Annual administration report of the Civil Veterinary Department of India - 1899-1900
Year: 1899
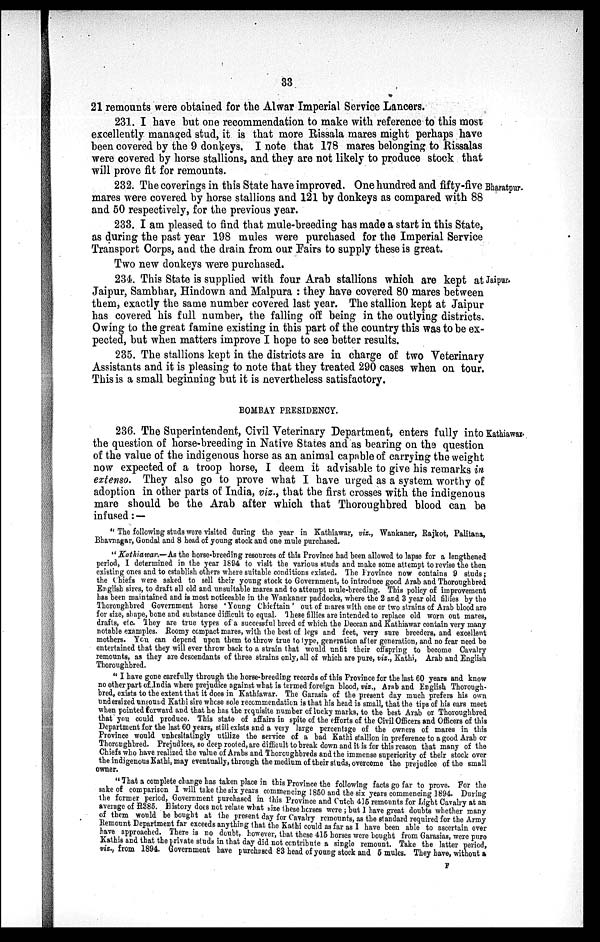
33
21 remounts were obtained for the Alwar Imperial Service Lancers.
231. I have but one recommendation to make with reference to this most
excellently managed stud, it is that more Rissala mares might perhaps have
been covered by the 9 donkeys. I note that 178 mares belonging to Rissalas
were covered by horse stallions, and they are not likely to produce stock that
will prove fit for remounts.
Bharatpur.
232. The coverings in this State have improved. One hundred and fifty-five
mares were covered by horse stallions and 121 by donkeys as compared with 88
and 50 respectively, for the previous year.
233. I am pleased to find that mule-breeding has made a start in this State,
as during the past year 198 mules were purchased for the Imperial Service
Transport Corps, and the drain from our Fairs to supply these is great.
Two new donkeys were purchased.
Jaipur.
234. This State is supplied with four Arab stallions which are kept at
Jaipur, Sambhar, Hindown and Malpura: they have covered 80 mares between
them, exactly the same number covered last year. The stallion kept at Jaipur
has covered his full number, the falling off being in the outlying districts.
Owing to the great famine existing in this part of the country this was to be ex-
pected, but when matters improve I hope to see better results.
235. The stallions kept in the districts are in charge of two Veterinary
Assistants and it is pleasing to note that they treated 290 cases when on tour.
This is a small beginning but it is nevertheless satisfactory.
BOMBAY PRESIDENCY.
Kathiawar.
236. The Superintendent, Civil Veterinary Department, enters fully into
the question of horse-breeding in Native States and as bearing on the question
of the value of the indigenous horse as an animal capable of carrying the weight
now expected of a troop horse, I deem it advisable to give his remarks in
extenso. They also go to prove what I have urged as a system worthy of
adoption in other parts of India, viz., that the first crosses with the indigenous
mare should be the Arab after which that Thoroughbred blood can be
infused: —
" The following studs were visited during the year in Kathiawar, viz., Wankaner, Rajkot, Palitana,
Bhavnagar, Gondal and 8 head of young stock and one mule purchased.
"Kathiawar.—As the horse-breeding resources of this Province had been allowed to lapse for a lengthened
period, I determined in the year 1894 to visit the various studs and make some attempt to revise the then
existing ones and to establish others where suitable conditions existed. The Province now contains 9 studs;
the Chiefs were asked to sell their young stock to Government, to introduce good Arab and Thoroughbred
English sires, to draft all old and unsuitable mares and to attempt mule-breeding. This policy of improvement
has been maintained and is most noticeable in the Wankaner paddocks, where the 2 and 3 year old fillies by the
Thoroughbred Government horse 'Young Chieftain' out of mares with one or two strains of Arab blood are
for size, shape, bone and substance difficult to equal. These fillies are intended to replace old worn out mares,
drafts, etc. They are true types of a successful breed of which the Deccan and Kathiawar contain very many
notable examples. Roomy compact mares, with the best of legs and feet, very sure breeders, and excellent
mothers. You can depend upon them to throw true to type, generation after generation, and no fear need be
entertained that they will ever throw back to a strain that would unfit their offspring to become Cavalry
remounts, as they are descendants of three strains only, all of which are pure, viz., Kathi, Arab and English
Thoroughbred.
"I have gone carefully through the horse-breeding records of this Province for the last 60 years and know
no other part of India where prejudice against what is termed foreign blood, viz., Arab and English Thorough-
bred, exists to the extent that it does in Kathiawar. The Garasia of the present day much prefers his own
undersized unsound Kathi sire whose sole recommendation is that his head is small, that the tips of his ears meet
when pointed forward and that he has the requisite number of lucky marks, to the best Arab or Thoroughbred
that you could produce. This state of affairs in spite of the efforts of the Civil Officers and Officers of this
Department for the last 60 years, still exists and a very large percentage of the owners of mares in this
Province would unhesitatingly utilize the service of a bad Kathi stallion in preference to a good Arab or
Thoroughbred. Prejudices, so deep rooted, are difficult to break down and it is for this reason that many of the
Chiefs who have realized the value of Arabs and Thoroughbreds and the immense superiority of their stock over
the indigenous Kathi, may eventually, through the medium of their studs, overcome the prejudice of the small
owner.
"That a complete change has taken place in this Province the following facts go far to prove. For the
sake of comparison I will take the six years commencing 1850 and the six years commencing 1894. During
the former period, Government purchased in this Province and Cutch 415 remounts for Light Cavalry at an
average of R385. History does not relate what size these horses were; but I have great doubts whether many
of them would be bought at the present day for Cavalry remounts, as the standard required for the Army
Remount Department far exceeds anything that the Kathi could as far as I have been able to ascertain ever
have approached. There is no doubt, however, that these 415 horses were bought from Garasias, were pure
Kathis and that the private studs in that day did not contribute a single remount. Take the latter period,
viz., from 1894. Government have purchased 83 head of young stock and 5 mules. They have, without a
F